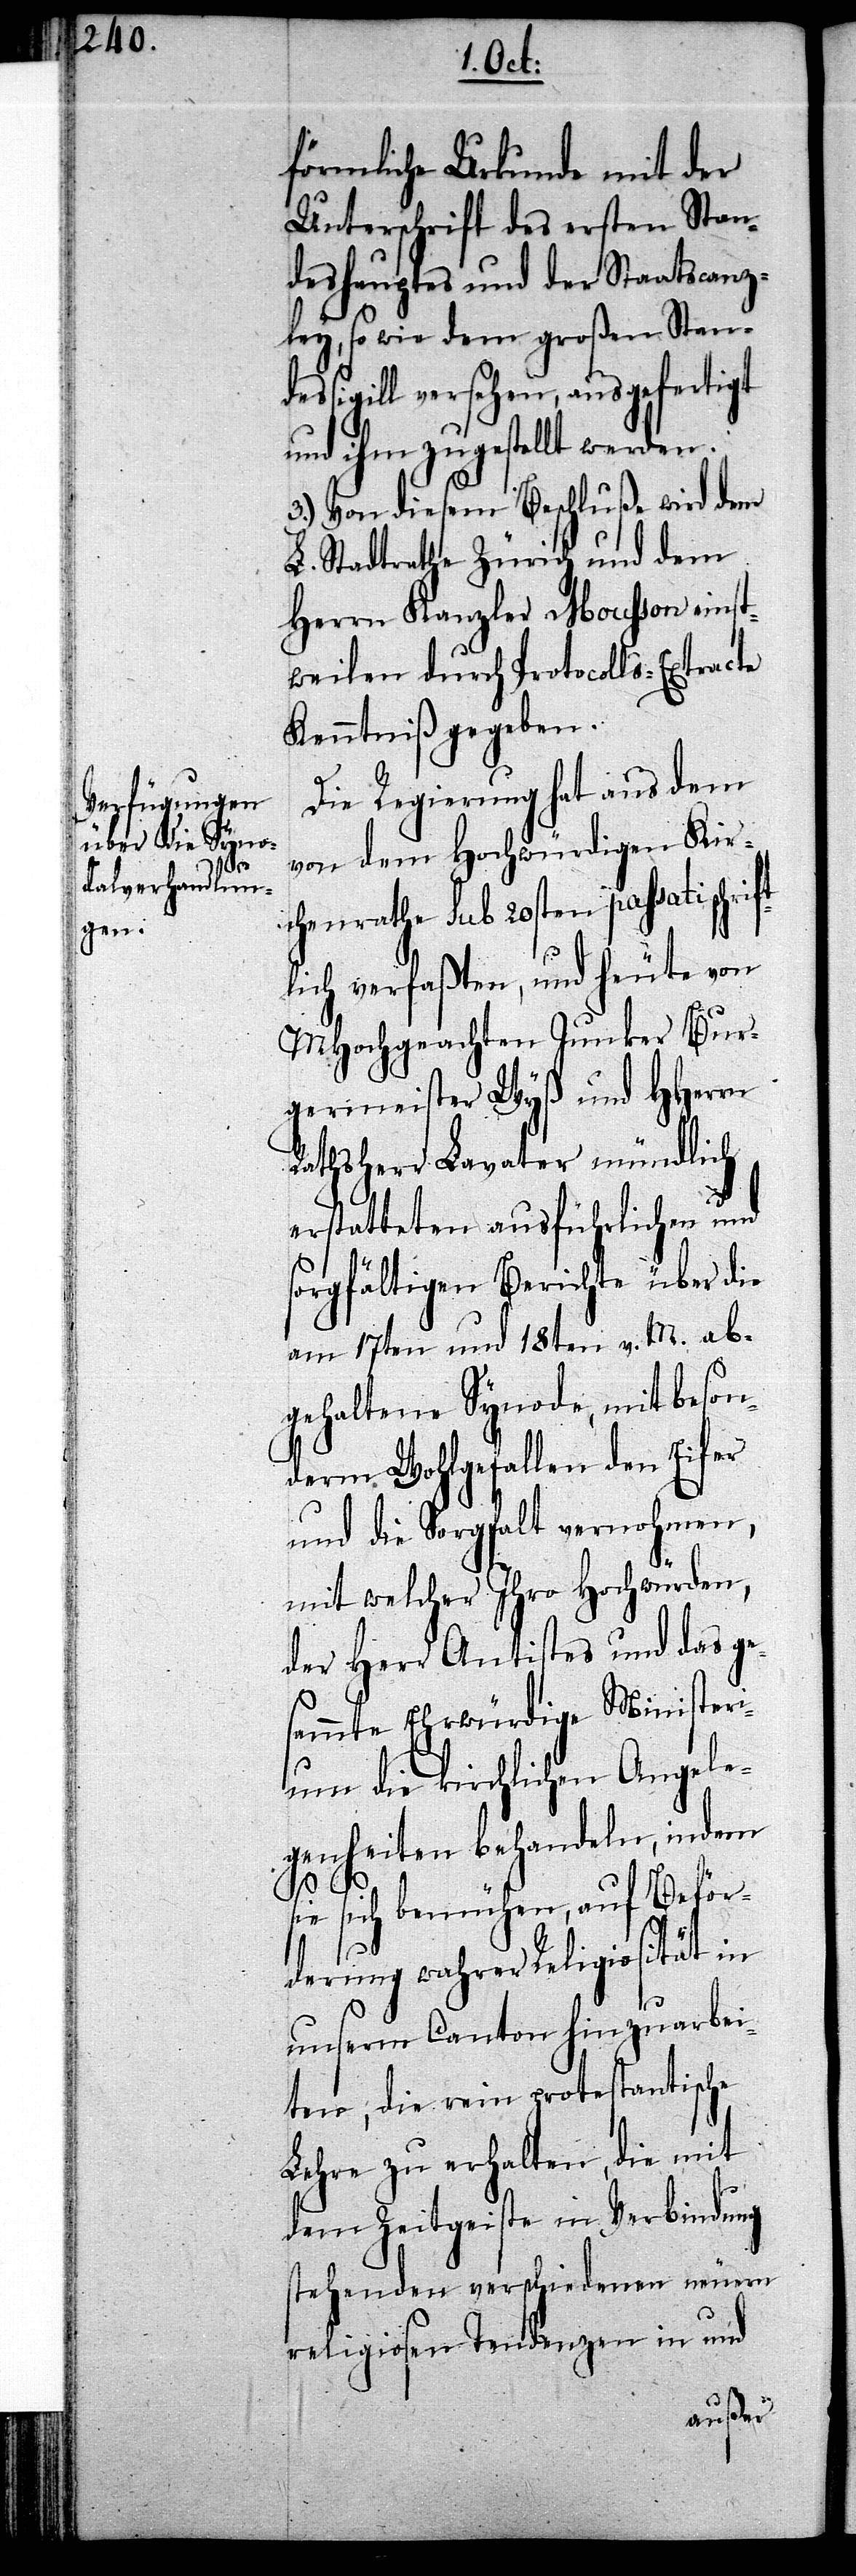
schrift¬

förmliche Urkunde mit der
Unterschrift des ersten Stan¬
deshauptes und der Staatscanz¬
ley, so wie dem großen Stand¬
essigill versehen, ausgefertigt
und ihm zugestellt werden.
3.) Von diesem Beschluße wird dem
L. Stadtrathe Zürich und dem
Herrn Kanzler Mousson einst¬
weilen durch Protocolls-Extracte
Kenntniß gegeben.
Die Regierung hat aus dem
von dem Hochwürdigen Kir¬
chenrathe sub 20sten passati
lich verfaßten, und heute von
MHochgeachten Junker Bur¬
germeister Wyß und HHerrn
Rathsherr Lavater mündlich
erstatteten ausführlichen und
sorgfältigen Berichte über die
am 17ten und 18ten v. M. ab¬
gehaltene Synode, mit beson¬
derm Wohlgefallen den Eifer
und die Sorgfalt vernohmen,
mit welcher Ihro Hochwürden,
der Herr Antistes und das ge¬
sammte Ehrwürdige Ministeri¬
um die kirchlichen Angele¬
genheiten behandeln, indem
s¬
ie sich bemühen, auf Beför¬
derung wahrer Religiosität in
unserm Canton hinzuarbei¬
ten, die rein protestantische
Lehre zu erhalten, die mit
dem Zeitgeiste in Verbindung
stehenden verschiedenen neuen
religiosen Tendenzen in und